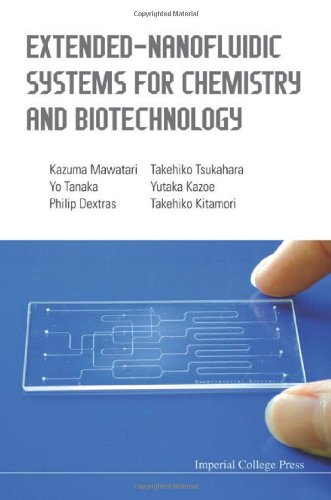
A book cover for Extended-Nanofluidic Systems for Chemistry and Biotechnology; Kazuma Mawatari; Science & Math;